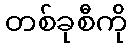
တစ်ခုစီကို